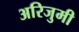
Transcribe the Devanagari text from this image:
अरिजुमी